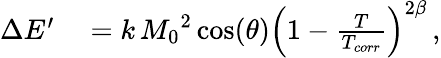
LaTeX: \begin{array}{rl}{\Delta E^{\prime}}&{{}=k\, {M_{0}}^{2}\cos(\theta)\left(1-\frac{T}{T_{corr}}\right)^{2\beta}\, ,}\end{array}